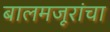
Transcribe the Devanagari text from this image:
बालमजूरांचा